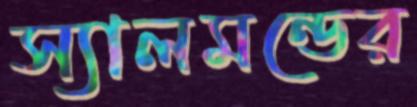
স্যালমন্ডের